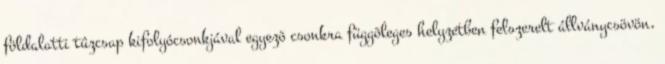
földalatti tûzcsap kifolyócsonkjával egyezõ csonkra függõleges helyzetben felszerelt állványcsövön,